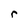
Character: r